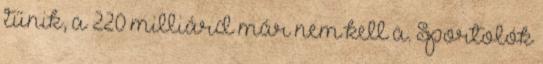
tűnik, a 220 milliárd már nem kell a. Sportolók